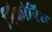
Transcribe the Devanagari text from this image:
त्रिकोनिय